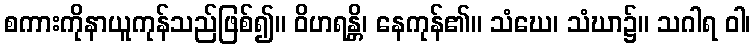
စကားကိုနာယူကုန်သည်ဖြစ်၍။ ဝိဟရန္တိ၊ နေကုန်၏။ သံဃေ၊ သံဃာ၌။ သဂါရ ဝါ၊